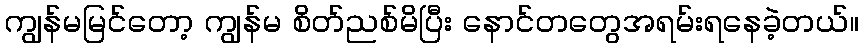
ကျွန်မမြင်တော့ ကျွန်မ စိတ်ညစ်မိပြီး နောင်တတွေအရမ်းရနေခဲ့တယ်။